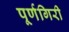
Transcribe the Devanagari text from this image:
पूर्णगिरी